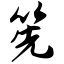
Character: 筅